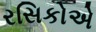
રસિકોએ